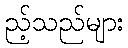
ည့်သည်များ